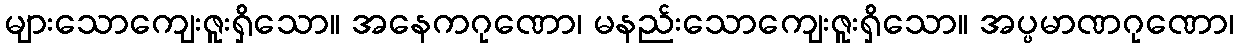
များသောကျေးဇူးရှိသော။ အနေကဂုဏော၊ မနည်းသောကျေးဇူးရှိသော။ အပ္ပမာဏဂုဏော၊